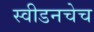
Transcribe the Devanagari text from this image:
स्वीडनचेच